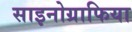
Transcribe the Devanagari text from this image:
साइनोग्राफिया